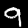
Label: 9